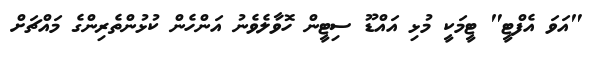
"އަވަ އެފްޓީ" ޓީމަކީ މުޅި އައްޑޫ ސިޓީން ހޮވާލެވެނު އަންހެން ކުޅުންތެރިންގެ މައްޗަށް